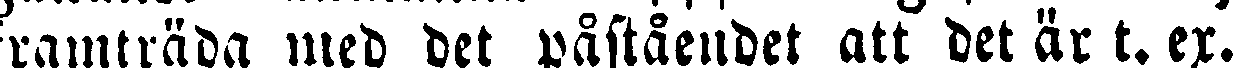
ramträda med det påståendet att det är t. ex.